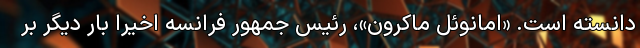
دانسته است. «امانوئل ماکرون»، رئیس جمهور فرانسه اخیرا بار دیگر بر